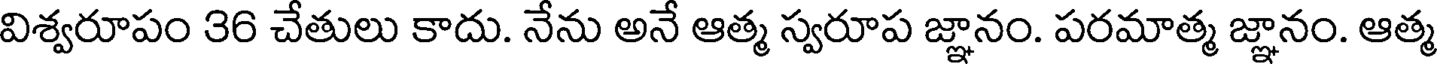
విశ్వరూపం 36 చేతులు కాదు. నేను అనే ఆత్మ స్వరూప జ్ఞానం. పరమాత్మ జ్ఞానం. ఆత్మ